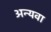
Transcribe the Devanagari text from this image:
अन्यवा